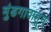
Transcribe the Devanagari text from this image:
मुंडगावाहून